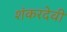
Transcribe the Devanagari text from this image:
शंकरदेवी